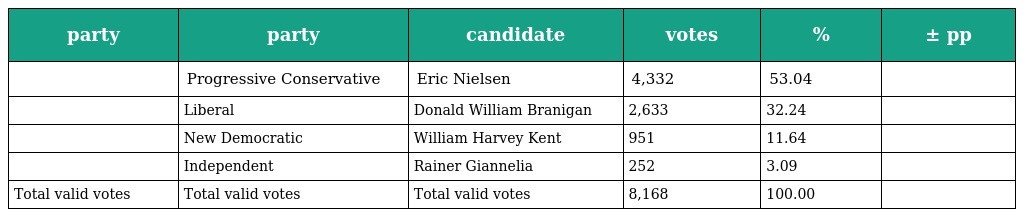
| party | party | candidate | votes | % | ± pp |
 | --- | --- | --- | --- | --- | --- |
 |  | Progressive Conservative | Eric Nielsen | 4,332 | 53.04 |  |
 |  | Liberal | Donald William Branigan | 2,633 | 32.24 |  |
 |  | New Democratic | William Harvey Kent | 951 | 11.64 |  |
 |  | Independent | Rainer Giannelia | 252 | 3.09 |  |
 | Total valid votes | Total valid votes | Total valid votes | 8,168 | 100.00 |  |